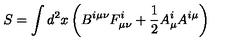
S = \int d ^ { 2 } x \left( B ^ { i \mu \nu } F _ { \mu \nu } ^ { i } + \frac { 1 } { 2 } A _ { \mu } ^ { i } A ^ { i \mu } \right)